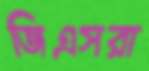
জিএসরা